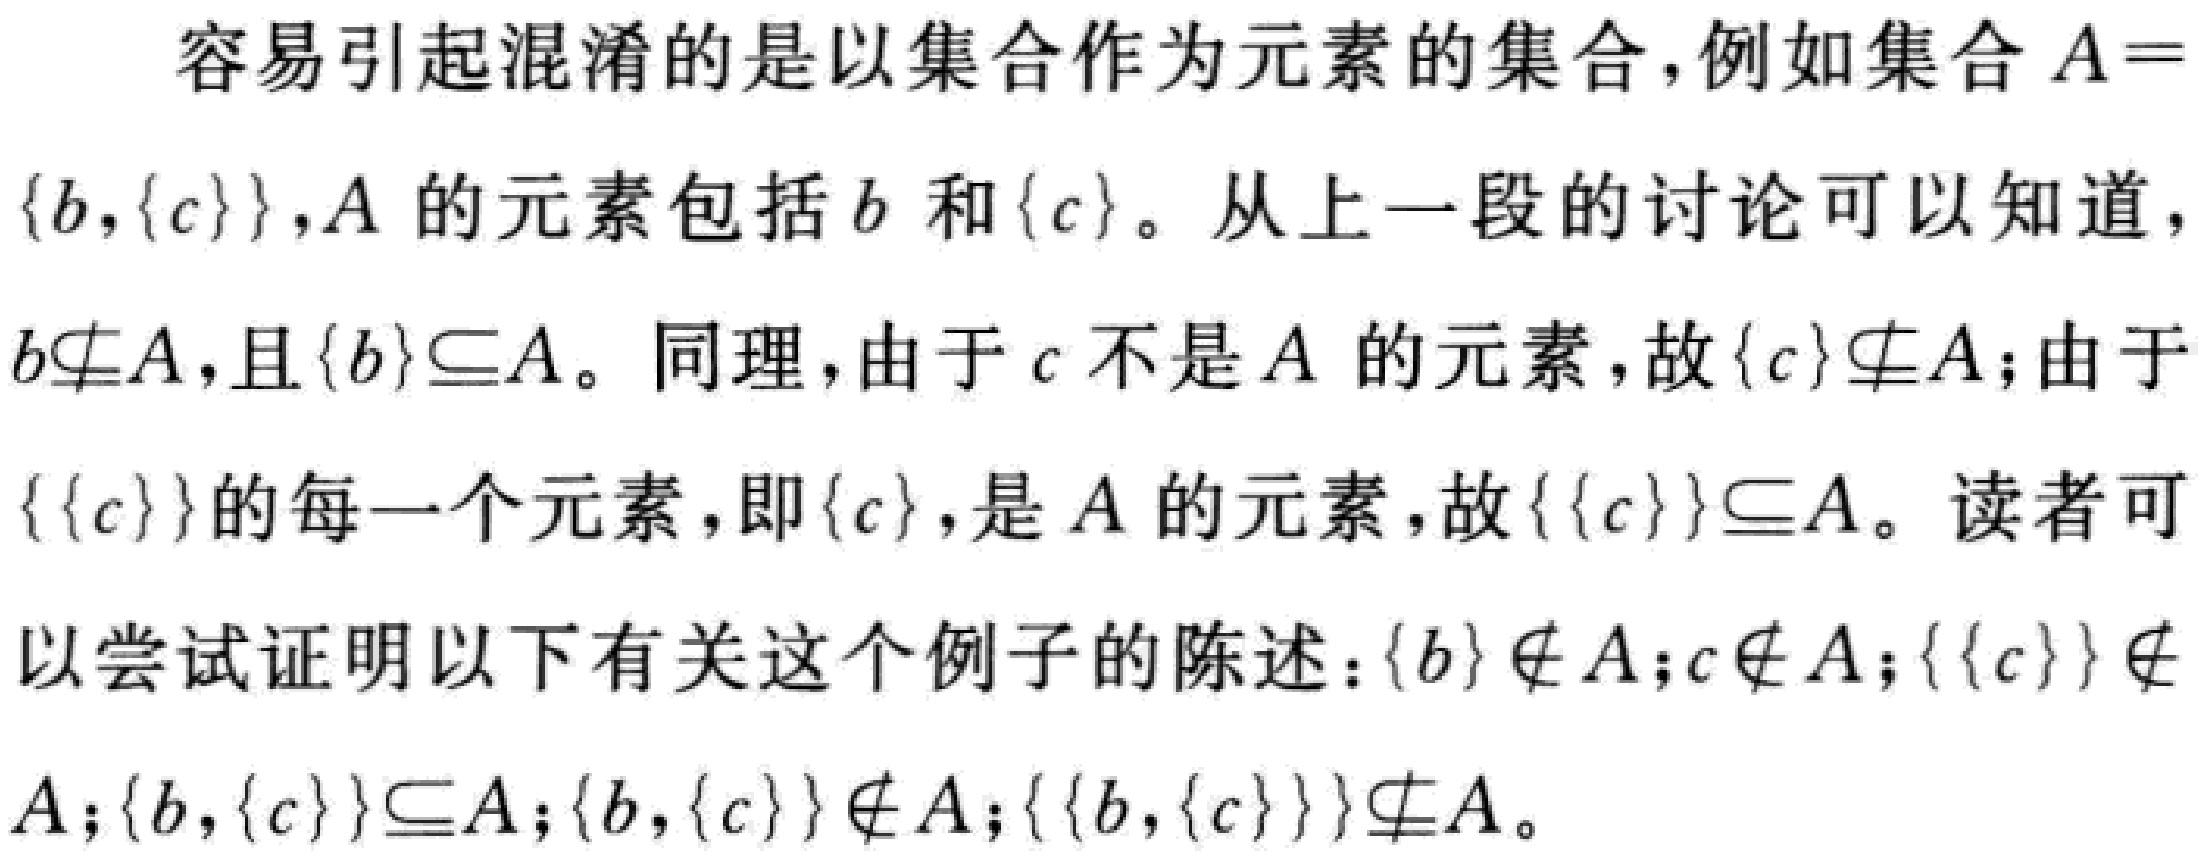
容易引起混淆的是以集合作为元素的集合，例如集合\(A = \{b,\{c\}\}\)，\(A\)的元素包括\(b\)和\(\{c\}\)。从上一段的讨论可以知道，\(b\nsubseteq A\)，且\(\{b\}\subseteq A\)。同理，由于\(c\)不是\(A\)的元素，故\(\{c\}\nsubseteq A\)；由于\(\{\{c\}\}\)的每一个元素，即\(\{c\}\)，是\(A\)的元素，故\(\{\{c\}\}\subseteq A\)。读者可以尝试证明以下有关这个例子的陈述：\(\{b\}\notin A\)；\(c\notin A\)；\(\{\{c\}\}\notin A\)；\(\{b,\{c\}\}\subseteq A\)；\(\{b,\{c\}\}\notin A\)；\(\{\{b,\{c\}\}\}\nsubseteq A\)。